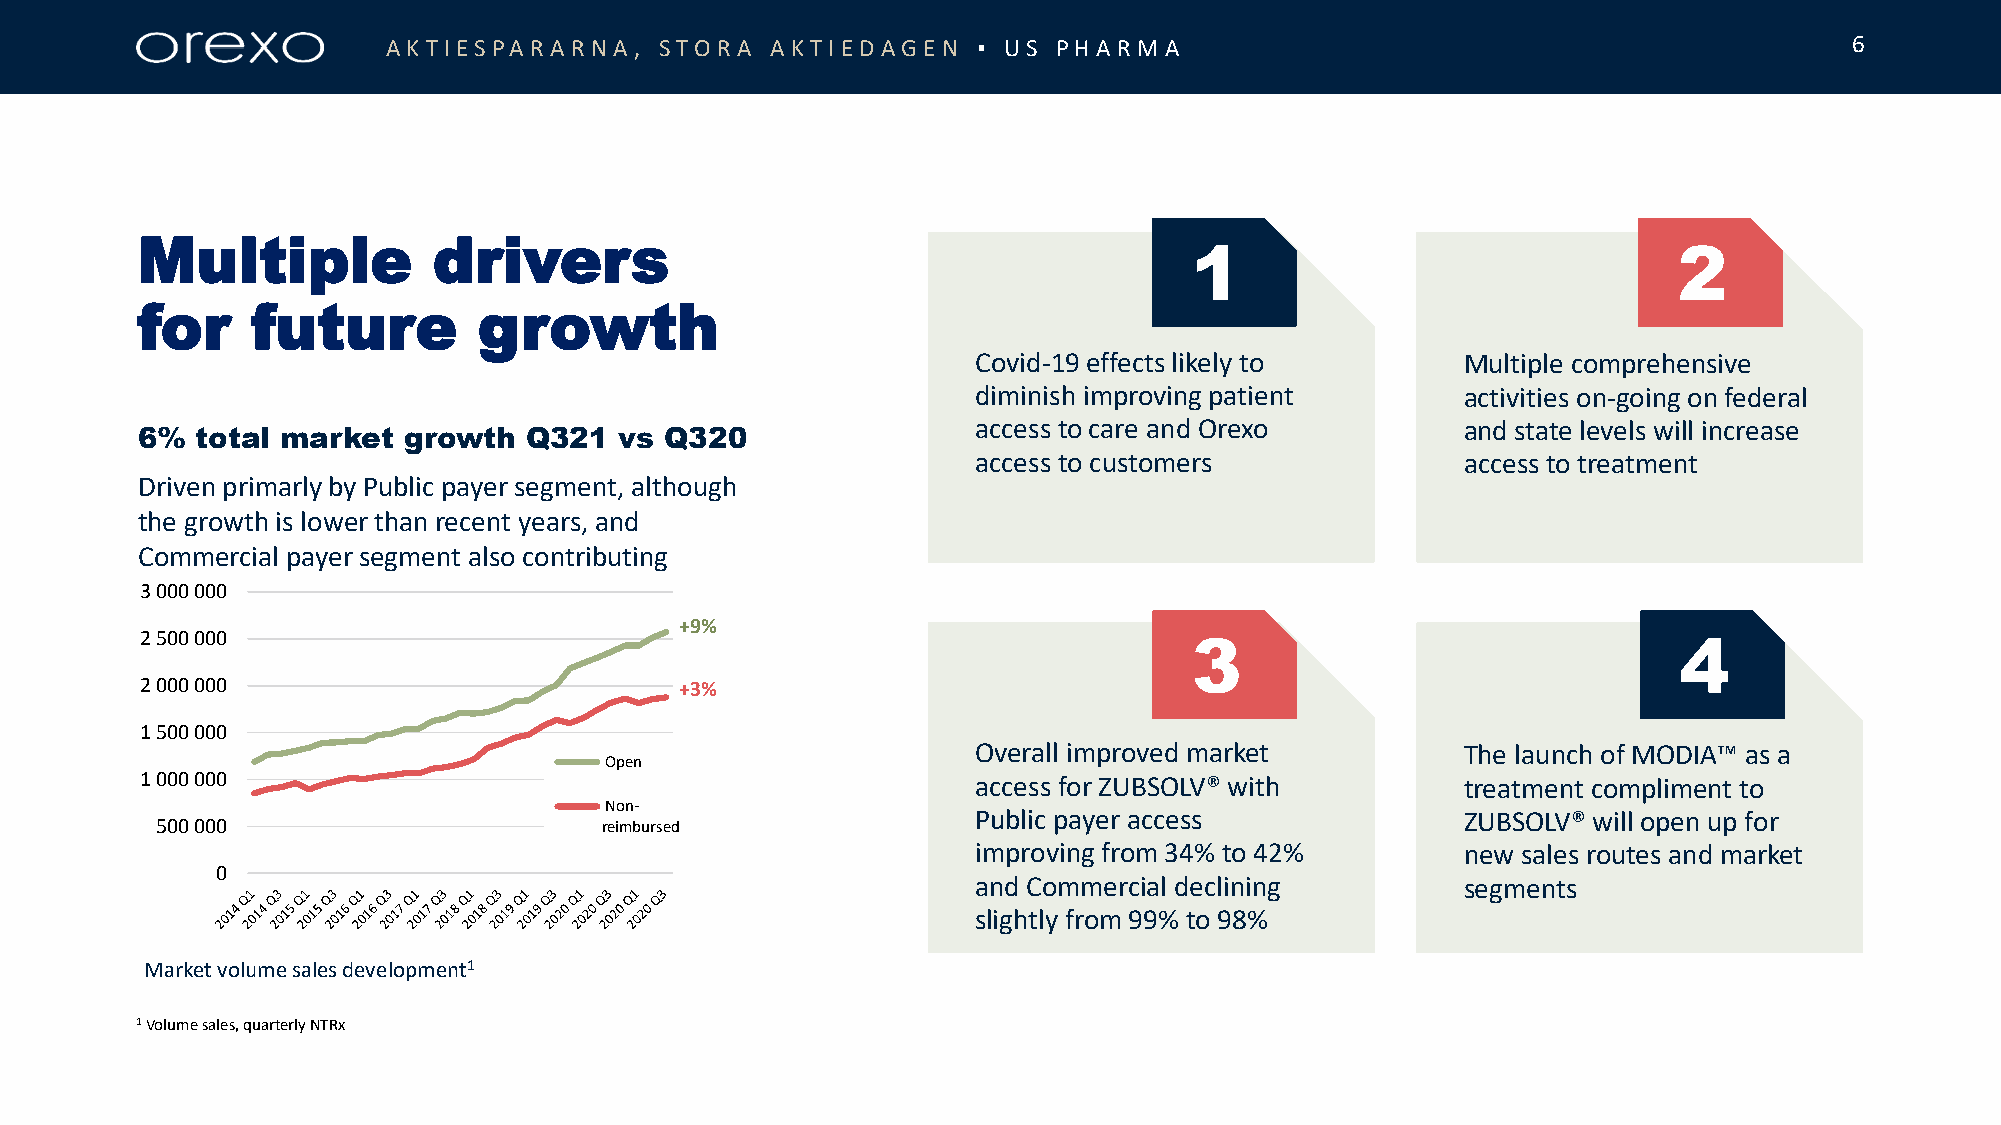
AKT IESPARARN  A , STORA AKT IE DAGE N ▪ US P HARM A                                             6
 Multiple            drivers
 1                               2
 for     future         growth
 Covid-19 effects likely to      Multiple comprehensive
 diminish improving patient      activities on-going on federal
 access to care and Orexo        and state levels will increase
 6%  total market  growth  Q321  vs Q320
 access to customers             access to treatment
 Driven primarly by Public payer segment, although
 the growth is lower than recent years, and
 Commercial payer segment also contributing
 3 000 000
 +9%
 2 500 000                                                             3                               4
 2 000 000                           +3%
 1 500 000
 Overall improved market         The launch of MODIA™ as a
 Open
 1 000 000                                               access for ZUBSOLV® with        treatment compliment to
 Non-
 Public payer access             ZUBSOLV® will open up for
 500 000                       reimbursed
 improving from 34% to 42%       new sales routes and market
 0
 and Commercial declining        segments
 slightly from 99% to 98%
 Market volume sales development1
 1Volumesales, quarterlyNTRx